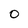
Character: O